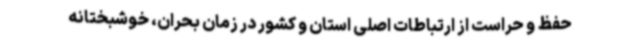
حفظ و حراست از ارتباطات اصلی استان و کشور در زمان بحران، خوشبختانه